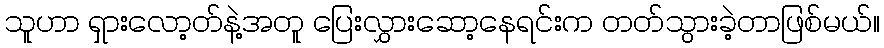
သူဟာ ရှားလော့တ်နဲ့အတူ ပြေးလွှားဆော့နေရင်းက တတ်သွားခဲ့တာဖြစ်မယ်။